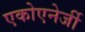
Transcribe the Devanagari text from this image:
एकोएनेर्जी